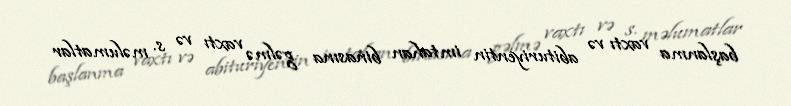
başlanma vaxtı və abituriyentin imtahan binasına gəlmə vaxtı və s. məlumatlar